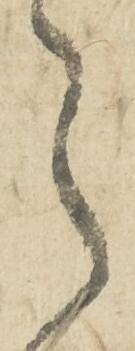
令